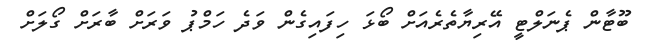
ބޫޓާން ޕެނަލްޓީ އޭރިޔާތެރެއަށް ބޯޅަ ހިފައިގެން ވަދެ ހަމްޕު ވަރަށް ބާރަށް ގޯލަށް